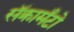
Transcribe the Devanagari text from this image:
सॅक्रामँटो